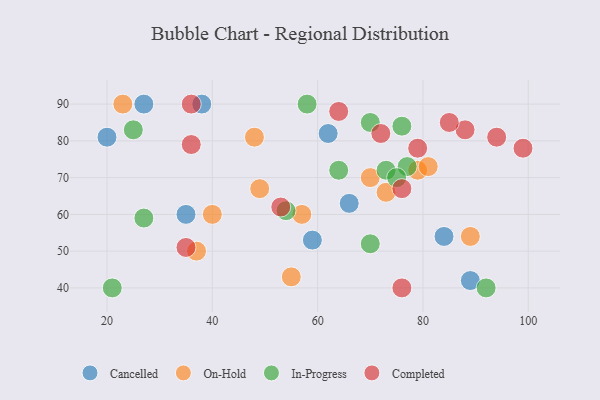
{"axis": {"x": "GDP", "y": "Life Expectancy"}, "legend": ["Cancelled", "Completed", "In-Progress", "On-Hold"], "data": [{"x": "38", "y": 90, "type": "Cancelled"}, {"x": "35", "y": 60, "type": "Cancelled"}, {"x": "66", "y": 63, "type": "Cancelled"}, {"x": "62", "y": 82, "type": "Cancelled"}, {"x": "89", "y": 42, "type": "Cancelled"}, {"x": "59", "y": 53, "type": "Cancelled"}, {"x": "84", "y": 54, "type": "Cancelled"}, {"x": "27", "y": 90, "type": "Cancelled"}, {"x": "20", "y": 81, "type": "Cancelled"}, {"x": "79", "y": 72, "type": "On-Hold"}, {"x": "40", "y": 60, "type": "On-Hold"}, {"x": "81", "y": 73, "type": "On-Hold"}, {"x": "37", "y": 50, "type": "On-Hold"}, {"x": "23", "y": 90, "type": "On-Hold"}, {"x": "89", "y": 54, "type": "On-Hold"}, {"x": "73", "y": 66, "type": "On-Hold"}, {"x": "57", "y": 60, "type": "On-Hold"}, {"x": "48", "y": 81, "type": "On-Hold"}, {"x": "55", "y": 43, "type": "On-Hold"}, {"x": "70", "y": 70, "type": "On-Hold"}, {"x": "49", "y": 67, "type": "On-Hold"}, {"x": "64", "y": 72, "type": "In-Progress"}, {"x": "21", "y": 40, "type": "In-Progress"}, {"x": "73", "y": 72, "type": "In-Progress"}, {"x": "54", "y": 61, "type": "In-Progress"}, {"x": "76", "y": 84, "type": "In-Progress"}, {"x": "77", "y": 73, "type": "In-Progress"}, {"x": "75", "y": 70, "type": "In-Progress"}, {"x": "27", "y": 59, "type": "In-Progress"}, {"x": "70", "y": 85, "type": "In-Progress"}, {"x": "58", "y": 90, "type": "In-Progress"}, {"x": "92", "y": 40, "type": "In-Progress"}, {"x": "25", "y": 83, "type": "In-Progress"}, {"x": "70", "y": 52, "type": "In-Progress"}, {"x": "94", "y": 81, "type": "Completed"}, {"x": "79", "y": 78, "type": "Completed"}, {"x": "88", "y": 83, "type": "Completed"}, {"x": "36", "y": 79, "type": "Completed"}, {"x": "76", "y": 67, "type": "Completed"}, {"x": "35", "y": 51, "type": "Completed"}, {"x": "85", "y": 85, "type": "Completed"}, {"x": "36", "y": 90, "type": "Completed"}, {"x": "72", "y": 82, "type": "Completed"}, {"x": "53", "y": 62, "type": "Completed"}, {"x": "99", "y": 78, "type": "Completed"}, {"x": "64", "y": 88, "type": "Completed"}, {"x": "76", "y": 40, "type": "Completed"}]}